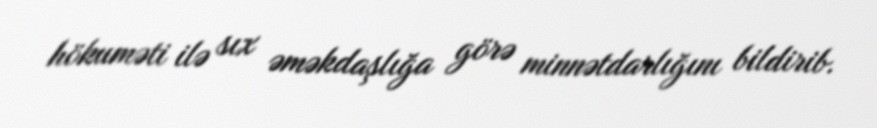
hökuməti ilə sıx əməkdaşlığa görə minnətdarlığını bildirib.